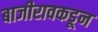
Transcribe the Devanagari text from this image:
बाजीरावकडून